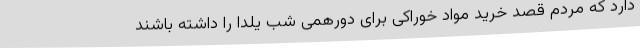
دارد که مردم قصد خرید مواد خوراکی برای دورهمی شب یلدا را داشته باشند